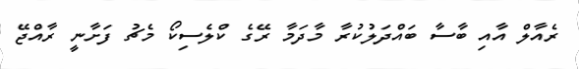
ރެއާލް އާއި ބާސާ ބައްދަލުކުރާ މާދަމާ ރޭގެ ކްލެސިކޯ މެޗު ފަށާނީ ރާއްޖޭ